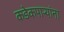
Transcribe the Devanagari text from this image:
कडेकपाऱ्यांना